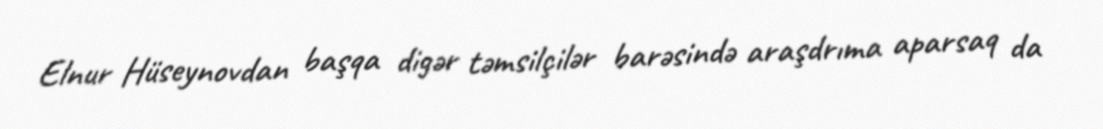
Elnur Hüseynovdan başqa digər təmsilçilər barəsində araşdrıma aparsaq da